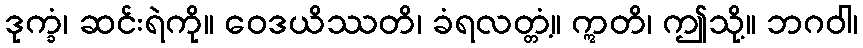
ဒုက္ခံ၊ ဆင်းရဲကို။ ဝေဒယိဿတိ၊ ခံရလတ္တံ့။ ဣတိ၊ ဤသို့။ ဘဂဝါ၊